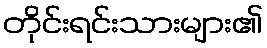
တိုင်းရင်းသားများ၏